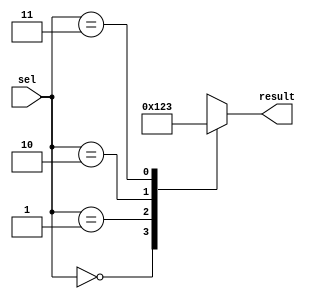
module case_statement_example (
    input wire [1:0] sel,
    output reg [3:0] result
);

initial begin
    case (sel)
        2'b00: result <= 4'b0000;
        2'b01: result <= 4'b0001;
        2'b10: result <= 4'b0010;
        2'b11: result <= 4'b0011;
        default: result <= 4'b1111;
    endcase
end

endmodule